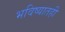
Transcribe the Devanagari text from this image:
भविष्यातही